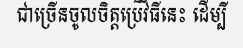
ជាច្រើនចូលចិត្តប្រើវិធីនេះ ដើម្បី